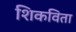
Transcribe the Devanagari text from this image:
शिकविता